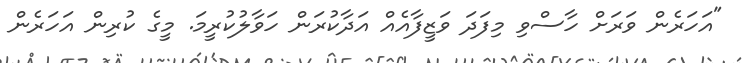
"އަހަރެން ވަރަށް ހާސްވި މިފަދަ ވަޒީފާއެއް އަދާކުރަން ހަވާލުކުރީމަ. މީގެ ކުރިން އަހަރެން